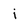
Character: i